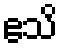
ဧသိ